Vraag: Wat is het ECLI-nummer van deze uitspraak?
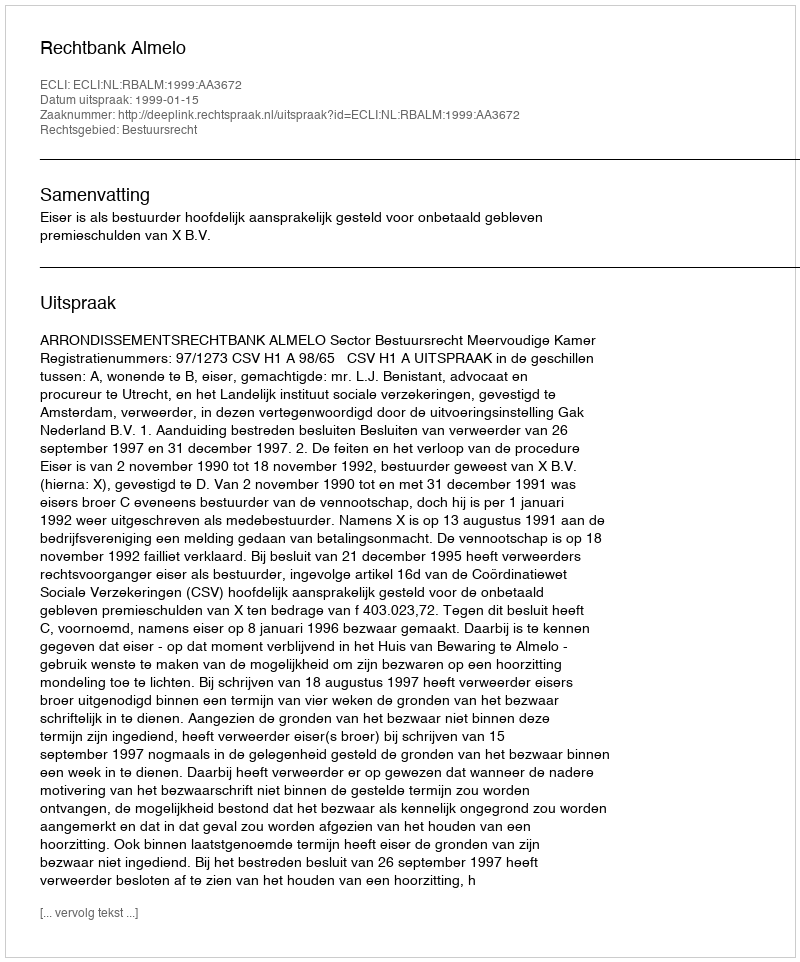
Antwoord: ECLI:NL:RBALM:1999:AA3672